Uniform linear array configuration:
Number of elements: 48
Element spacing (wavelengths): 0.75
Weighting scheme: kaiser
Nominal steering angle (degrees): -30
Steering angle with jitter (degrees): -31.173
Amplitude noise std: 0.05
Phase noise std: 0.05

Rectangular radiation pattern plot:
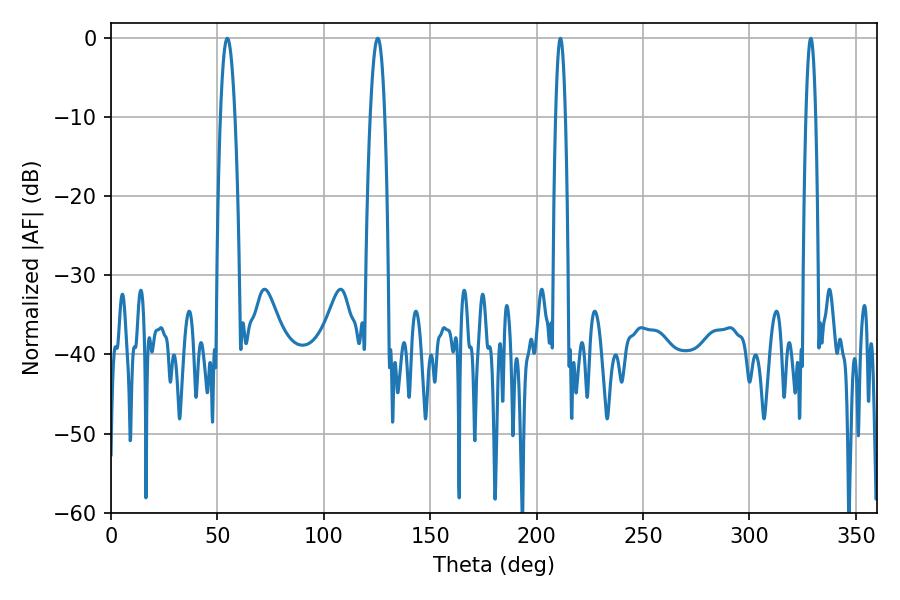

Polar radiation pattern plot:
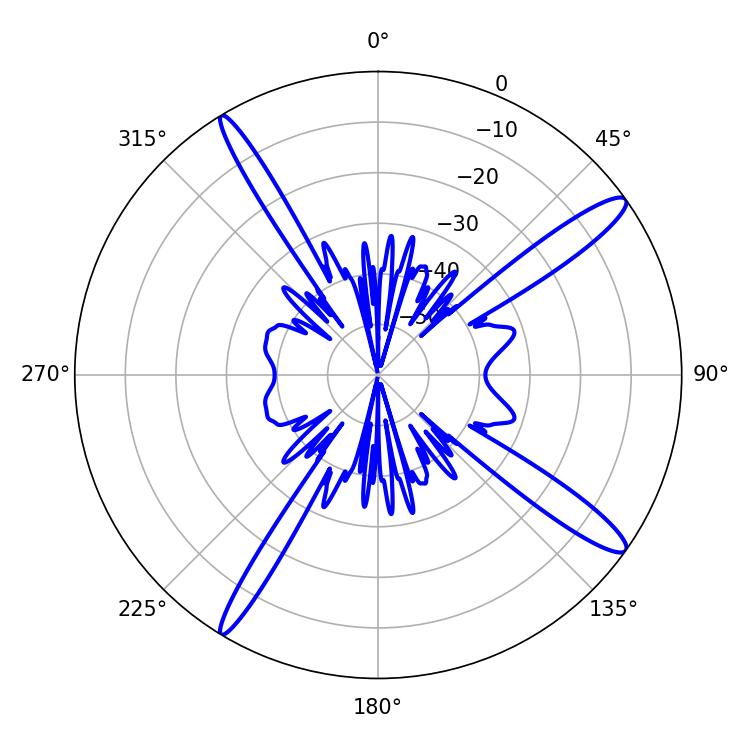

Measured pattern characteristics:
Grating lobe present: TRUE
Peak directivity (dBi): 14.764
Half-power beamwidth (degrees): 2.52
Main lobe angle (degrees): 211.14